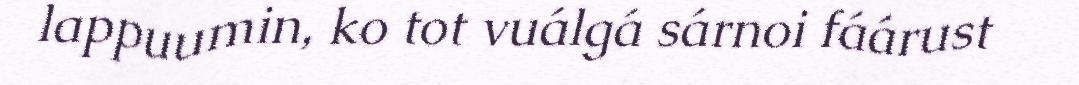
lappuumin, ko tot vuálgá sárnoi fáárust